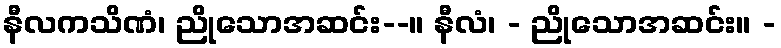
နီလကသိဏံ၊ ညိုသောအဆင်း--။ နီလံ၊ - ညိုသောအဆင်း။ -